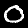
Label: 0